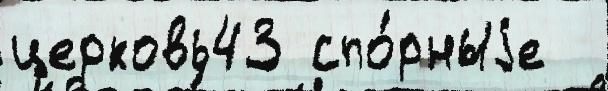
церковь43 спо́рныjе